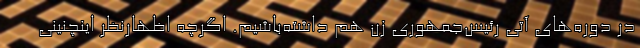
در دوره‌های آتی رئیس‌جمهوری زن هم داشته‌باشیم. اگرچه اظهارنظر اینچنینی